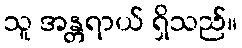
သူ အန္တရာယ် ရှိသည်။